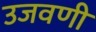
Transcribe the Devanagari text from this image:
उजवणी